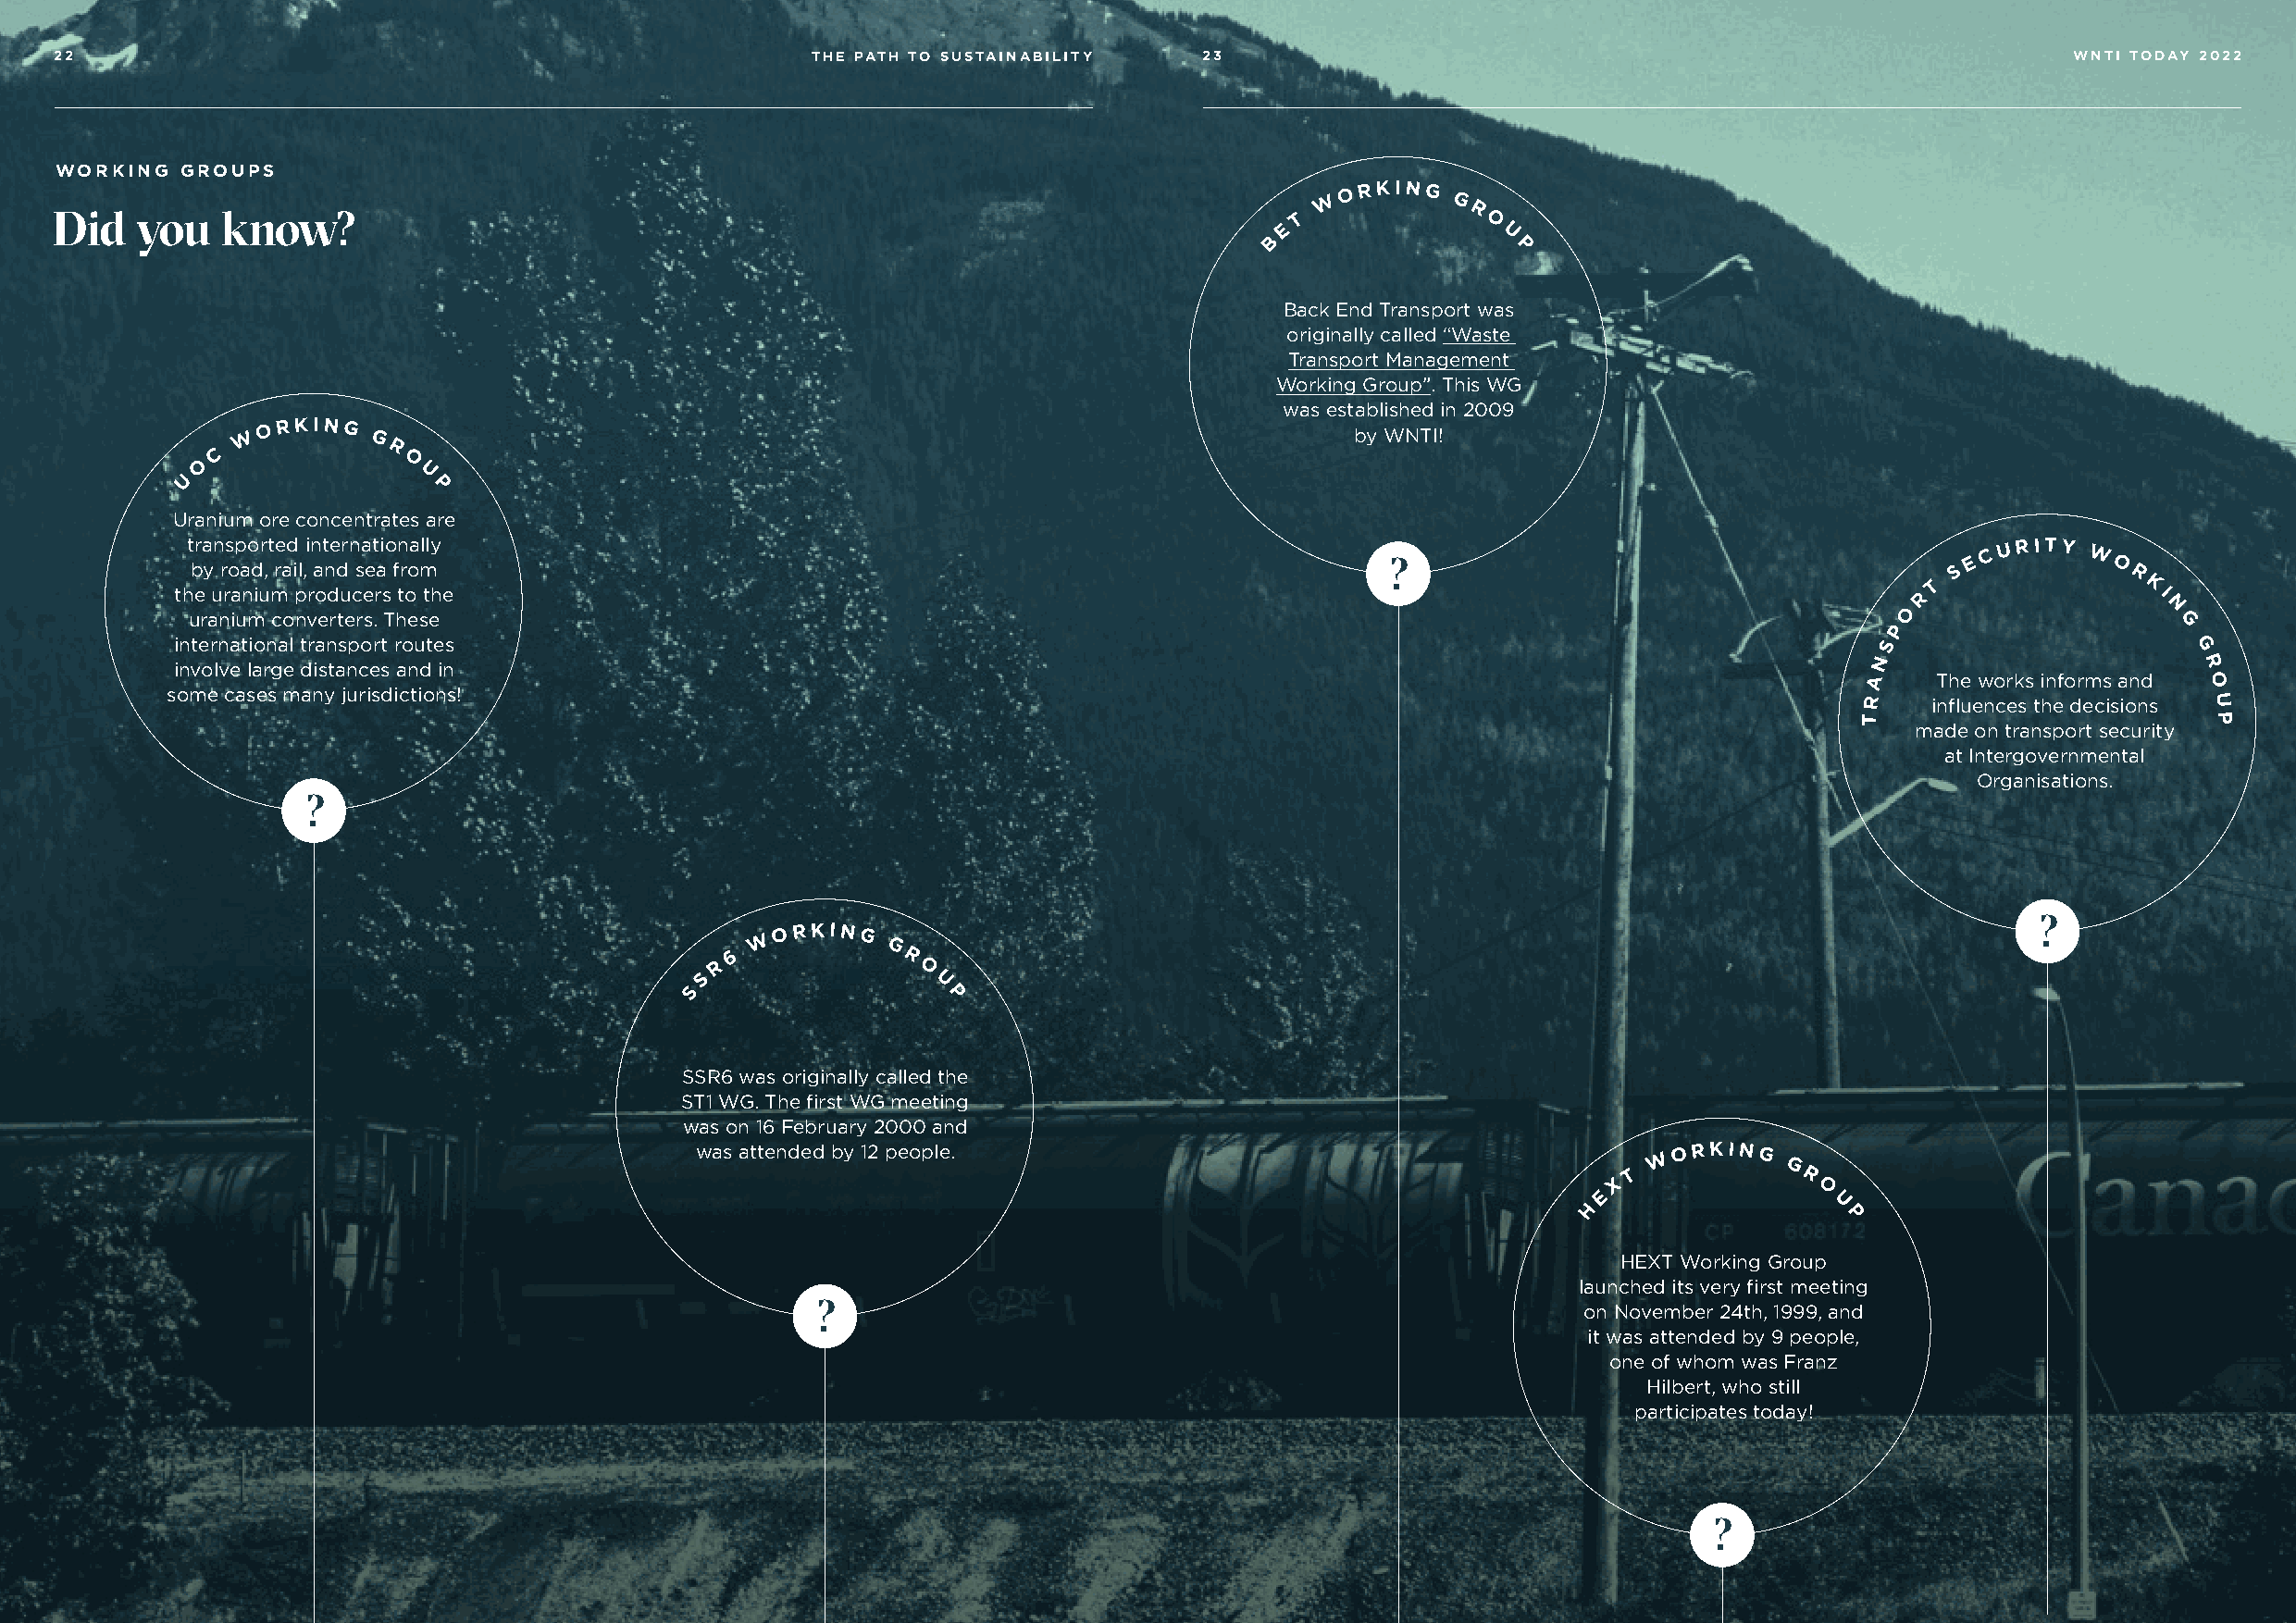
22                                                    THE PATH TO SUSTAINABILITY  23                                                            WNTI TODAY 2022
 WORKING  GROUPS
 W
 O R KING
 G
 Did   you   know?                                                                       E T
 R
 O
 B               U
 P
 Back End Transport was
 originally called “Waste
 Transport Management
 Working Group”. This WG
 was established in 2009
 W O R KING G                                                                    by WNTI!
 C            R
 O              O
 U                U
 P
 Uranium ore concentrates are
 t bra yn rs op ao dr ,t re ad il ,i n at ne drn sa et aio fn roa mlly                 ?                                        S E C U R ITY W O
 R
 T              K
 the uranium producers to the                                                                                                 R                I
 O                  N
 uranium converters. These
 P                    G
 international transport routes                                                                                             S                     G
 involve large distances and in                                                                                            N                      R
 A   The works informs and O
 some cases many jurisdictions!
 R    influences the decisions U
 T                        P
 made on transport security
 at Intergovernmental
 Organisations.
 ?
 ?
 W O R KING
 6
 G
 R
 R              O
 S
 U
 S
 P
 SSR6 was originally called the
 ST1 WG. The first WG meeting
 was on 16 February 2000 and
 was attended by 12 people.                                          W O R KING
 X T          G R
 E               O
 H                 U
 P
 HEXT Working Group
 launched its very first meeting
 ?                                                      on November 24th, 1999, and
 it was attended by 9 people,
 one of whom was Franz
 Hilbert, who still
 participates today!
 ?